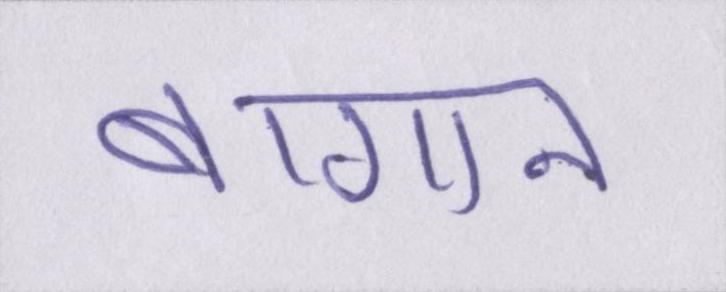
बागान